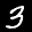
Label: 3